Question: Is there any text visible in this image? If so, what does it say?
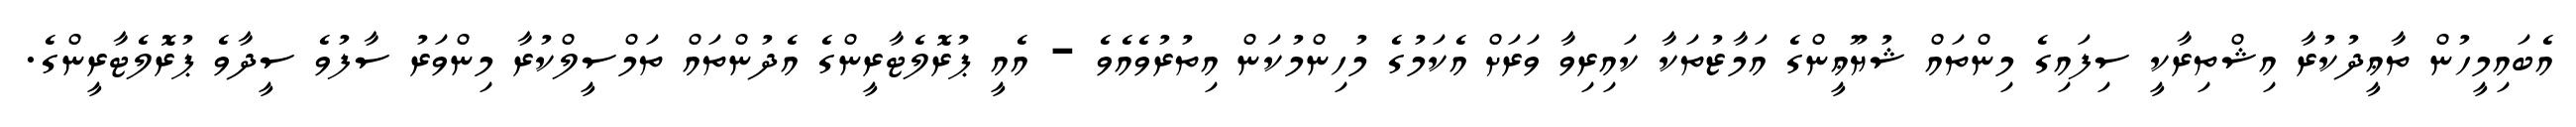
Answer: އެބައިމީހުން ތާޢީދުކުރާ އިޝްތިރާކީ ސިފައިގެ މިންތައް ޝުޔޫޢީންގެ އަމާޒުތަކާ ކައިރިވާ ވަރަށް އެކަމުގެ މުހިންމުކަން އިތުރުވެއެވެ - އެއީ ޕުރޮލެޓާރީންގެ އެދުންތައް ތަމްސީލްކުރާ މިންވަރު ސާފުވެ ސީދާވެ ޕުރޮލެޓާރީންގެ.